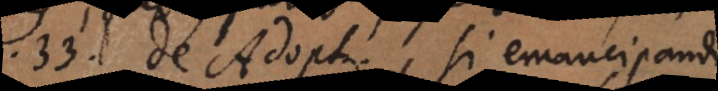
33. de Adoptionibus, si emancipandi